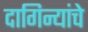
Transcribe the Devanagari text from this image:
दागिन्यांचे